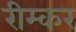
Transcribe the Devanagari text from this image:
रीम्कर